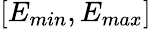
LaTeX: [E_{min},E_{max}]